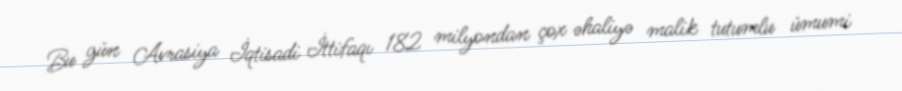
Bu gün Avrasiya İqtisadi İttifaqı 182 milyondan çox əhaliyə malik tutumlu ümumi